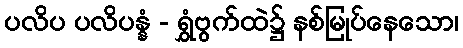
ပလိပ ပလိပန္နံ - ရွှံဗွက်ထဲ၌ နစ်မြုပ်နေသော၊